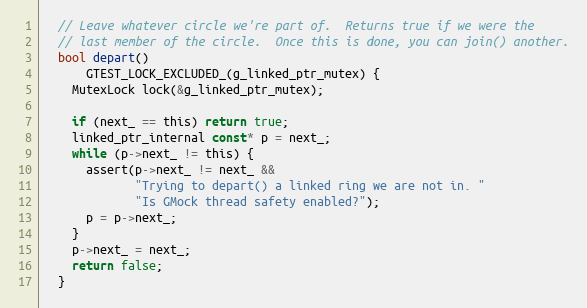
Language: C
  // Leave whatever circle we're part of.  Returns true if we were the
  // last member of the circle.  Once this is done, you can join() another.
  bool depart()
      GTEST_LOCK_EXCLUDED_(g_linked_ptr_mutex) {
    MutexLock lock(&g_linked_ptr_mutex);

    if (next_ == this) return true;
    linked_ptr_internal const* p = next_;
    while (p->next_ != this) {
      assert(p->next_ != next_ &&
             "Trying to depart() a linked ring we are not in. "
             "Is GMock thread safety enabled?");
      p = p->next_;
    }
    p->next_ = next_;
    return false;
  }